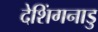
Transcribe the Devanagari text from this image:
देशिंगनाडु